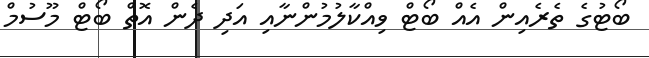
ބޯޓުގެ ތެރެއިން އެއް ބޯޓް ވިއްކާލުމުންނާއި އަދި ދެން އޮތް ބޯޓް މޫސުމް